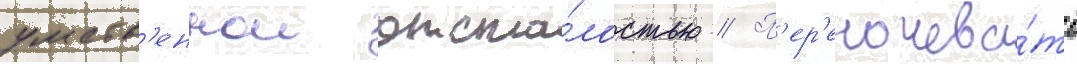
умств'еннои отста́лостью // П'ер'еночева́ть